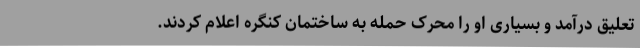
تعلیق درآمد و بسیاری او را محرک حمله به ساختمان کنگره اعلام کردند.